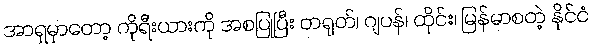
အာရှမှာတော့ ကိုရီးယားကို အစပြုပြီး တရုတ်၊ ဂျပန်၊ ထိုင်း၊ မြန်မာစတဲ့ နိုင်ငံ